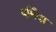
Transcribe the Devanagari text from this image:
षर्मिंदा